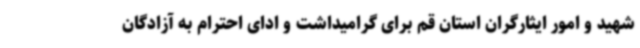
شهید و امور ایثارگران استان قم برای گرامیداشت و ادای احترام به آزادگان